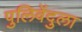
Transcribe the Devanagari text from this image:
पुलिवेंदुला